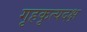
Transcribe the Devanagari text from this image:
गृहकृत्यदक्ष